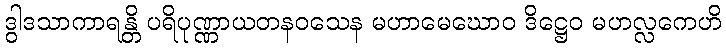
ဒွါဒသာကာရန္တိ ပရိပုဏ္ဏာယတနဝသေန မဟာမေဃောဝ ဒိဋ္ဌေဝ မဟလ္လကေဟိ